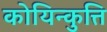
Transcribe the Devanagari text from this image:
कोयिन्कुत्ति